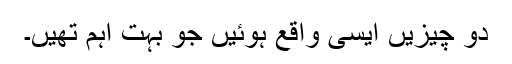
دو چیزیں ایسی واقع ہوئیں جو بہت اہم تھیں۔